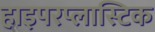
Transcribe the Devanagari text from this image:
हाइपरप्लास्टिक